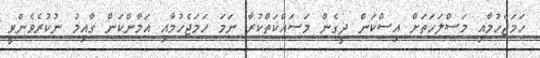
ހަމަޖެހުމާއި މަސްލަހަތަށް އިސްކަން ދީގެން މަސައްކަތްކުރާ ނަމަ ހަމަޖެހުމާއި އަމާންކަން ގާއިމު ނުކުރެވެންވީ